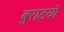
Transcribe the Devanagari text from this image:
बुराइयो